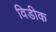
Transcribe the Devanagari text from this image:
विडीक